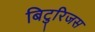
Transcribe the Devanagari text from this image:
बिटुरिजस